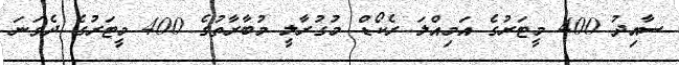
ސާއިދު 400 މީޓަރުގެ އަމިއްލަ ރެކޯޑް މުގުރާލީ މުބާރާތުގެ 400 މީޓަރުގެ ދެވަނަ